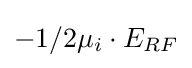
-1/2\mu _{i}\cdot E_{RF}